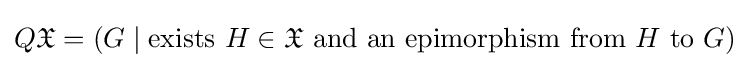
Q{\mathfrak {X}}=(G\mid {\text{exists }}H\in {\mathfrak {X}}{\text{ and an epimorphism from }}H{\text{ to }}G)